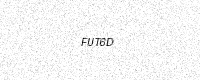
Text: FUT6D